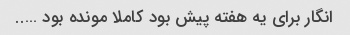
انگار برای یه هفته پیش بود کاملا مونده بود …..